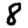
Digit: 8